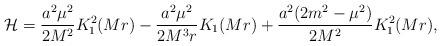
LaTeX: \begin{align*} {\cal H} = \frac{a^2\mu^2}{2M^2} K_1^2(Mr) - \frac{a^2\mu^2}{2M^3r} K_1(Mr) + \frac{a^2(2m^2-\mu^2)}{2M^2} K_1^2(Mr),\end{align*}